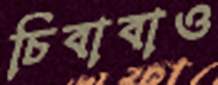
চিবাবাও